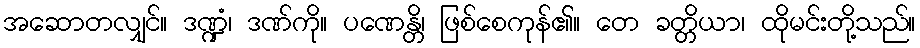
အဆောတလျှင်။ ဒဏ္ဍံ၊ ဒဏ်ကို။ ပဏေန္တိ၊ ဖြစ်စေကုန်၏။ တေ ခတ္တိယာ၊ ထိုမင်းတို့သည်။